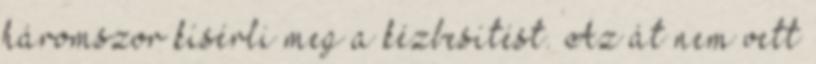
háromszor kísérli meg a kézbesítést. Az át nem vett